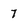
Character: 7